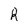
Character: R